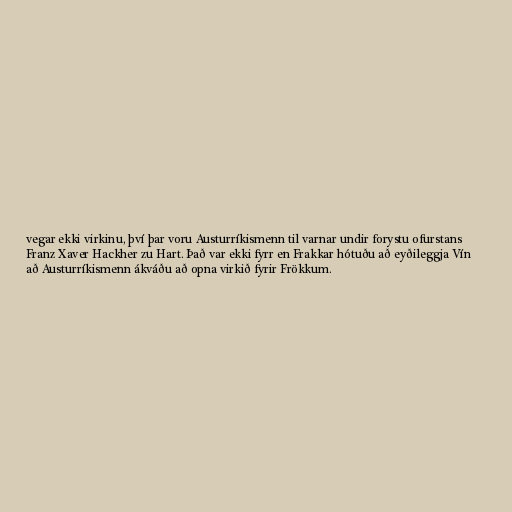
vegar ekki virkinu, því þar voru Austurríkismenn til varnar undir forystu ofurstans
Franz Xaver Hackher zu Hart. Það var ekki fyrr en Frakkar hótuðu að eyðileggja Vín
að Austurríkismenn ákváðu að opna virkið fyrir Frökkum.